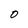
Character: 0